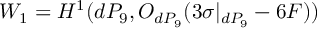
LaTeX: W _ { 1 } = H ^ { 1 } ( d P _ { 9 } , { \cal O } _ { d P _ { 9 } } ( 3 \sigma | _ { d P _ { 9 } } - 6 F ) )